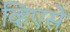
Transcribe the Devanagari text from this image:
व्हिएसे